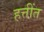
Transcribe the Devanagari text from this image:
हत्तींत